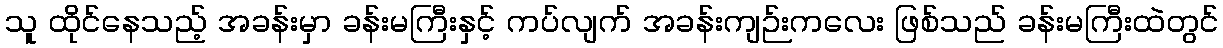
သူ ထိုင်နေသည့် အခန်းမှာ ခန်းမကြီးနှင့် ကပ်လျက် အခန်းကျဉ်းကလေး ဖြစ်သည် ခန်းမကြီးထဲတွင်